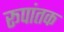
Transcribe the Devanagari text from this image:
रूपांतक